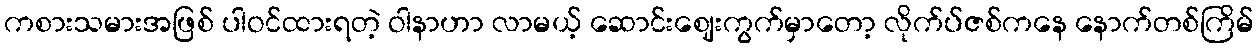
ကစားသမားအဖြစ် ပါဝင်ထားရတဲ့ ဝါနာဟာ လာမယ့် ဆောင်းဈေးကွက်မှာတော့ လိုက်ပ်ဇစ်ကနေ နောက်တစ်ကြိမ်